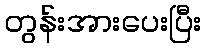
တွန်းအားပေးပြီး